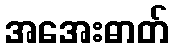
အအေးဓာတ်